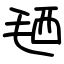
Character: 毢